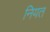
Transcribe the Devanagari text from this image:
नियत